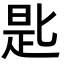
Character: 匙